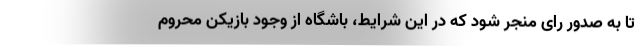
تا به صدور رای منجر شود که در این شرایط، باشگاه از وجود بازیکن محروم